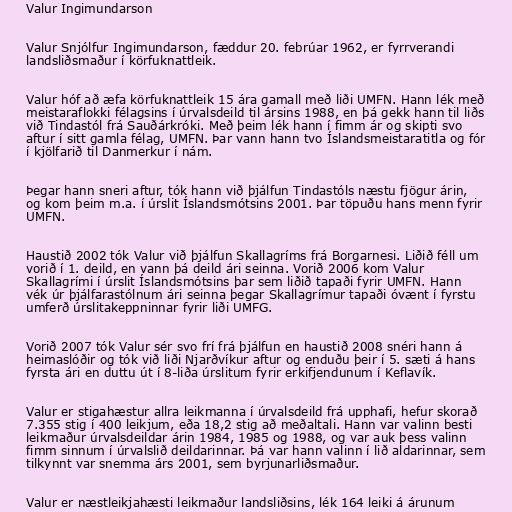
Valur Ingimundarson

Valur Snjólfur Ingimundarson, fæddur 20. febrúar 1962, er fyrrverandi
landsliðsmaður í körfuknattleik.

Valur hóf að æfa körfuknattleik 15 ára gamall með liði UMFN. Hann lék með
meistaraflokki félagsins í úrvalsdeild til ársins 1988, en þá gekk hann til liðs
við Tindastól frá Sauðárkróki. Með þeim lék hann í fimm ár og skipti svo
aftur í sitt gamla félag, UMFN. Þar vann hann tvo Íslandsmeistaratitla og fór
í kjölfarið til Danmerkur í nám.

Þegar hann sneri aftur, tók hann við þjálfun Tindastóls næstu fjögur árin,
og kom þeim m.a. í úrslit Íslandsmótsins 2001. Þar töpuðu hans menn fyrir
UMFN.

Haustið 2002 tók Valur við þjálfun Skallagríms frá Borgarnesi. Liðið féll um
vorið í 1. deild, en vann þá deild ári seinna. Vorið 2006 kom Valur
Skallagrími í úrslit Íslandsmótsins þar sem liðið tapaði fyrir UMFN. Hann
vék úr þjálfarastólnum ári seinna þegar Skallagrímur tapaði óvænt í fyrstu
umferð úrslitakeppninnar fyrir liði UMFG.

Vorið 2007 tók Valur sér svo frí frá þjálfun en haustið 2008 snéri hann á
heimaslóðir og tók við liði Njarðvíkur aftur og enduðu þeir í 5. sæti á hans
fyrsta ári en duttu út í 8-liða úrslitum fyrir erkifjendunum í Keflavík.

Valur er stigahæstur allra leikmanna í úrvalsdeild frá upphafi, hefur skorað
7.355 stig í 400 leikjum, eða 18,2 stig að meðaltali. Hann var valinn besti
leikmaður úrvalsdeildar árin 1984, 1985 og 1988, og var auk þess valinn
fimm sinnum í úrvalslið deildarinnar. Þá var hann valinn í lið aldarinnar, sem
tilkynnt var snemma árs 2001, sem byrjunarliðsmaður.

Valur er næstleikjahæsti leikmaður landsliðsins, lék 164 leiki á árunum